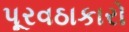
પૂરવઠાકારો